Report on the Civil Veterinary Department, Eastern Bengal and Assam - 1907-1911
Year: 1907
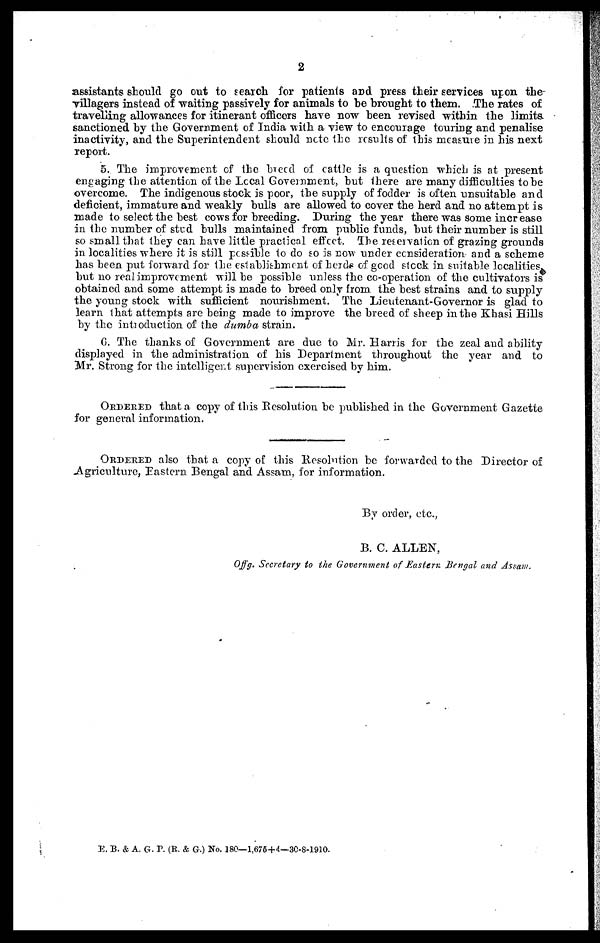
2
assistants should go out to search for patients and press their services upon the-
villagers instead of waiting passively for animals to he brought to them. The rates of
travelling allowances for itinerant officers have now been revised within the limits,
sanctioned by the Government of India with a view to encourage touring and penalise
inactivity, and the Superintendent should note the results of this measure in his next
report.
5. The improvement of the breed of cattle is a question which is at present
engaging the attention of the Local Government, but there are many difficulties to be
overcome. The indigenous stock is poor, the supply of fodder is often unsuitable and
deficient, immature and weakly bulls are allowed to cover the herd and no attempt is
made to select the best cows for breeding. During the year there was some increase
in the number of stud bulls maintained from public funds, but their number is still
so small that they can have little practical effect. The reservation of grazing grounds
in localities where it is still possible to do so is now under consideration- and a scheme
has been put forward for the establishment of herds of good stock in suitable localities
but no real improvement will he possible unless the co-operation of the cultivators is
obtained and some attempt is made to breed only from the best strains and to supply
the young stock with sufficient nourishment. The Lieutenant-Governor is glad to
learn that attempts are being made to improve the breed of sheep in the Khasi Hills
by the introduction of the dumba strain.
6. The thanks of Government are due to Mr. Harris for the zeal and ability
displayed in the administration of his Department throughout the year and to
Mr. Strong for the intelligent supervision exercised by him.
ORDERED that a copy of this Resolution be published in the Government Gazette
for general information.
ORDERED also that a copy of this Resolution be forwarded to the Director of
Agriculture, Eastern Bengal and Assam, for information.
By order, etc.,
B. C. ALLEN,
Offg. Secretary to the Government of Eastern Bengal and Assam.
E. B. & A. G. P. (R. & G.) No. 180—1,676+4—30-8-1910.